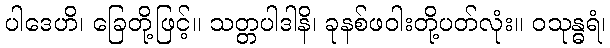
ပါဒေဟိ၊ ခြေတို့ဖြင့်။ သတ္တပါဒါနိ၊ ခုနစ်ဖဝါးတို့ပတ်လုံး။ ဝသုန္ဓရံ၊